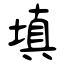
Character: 填